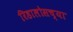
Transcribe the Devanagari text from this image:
रिडालोसच्या